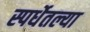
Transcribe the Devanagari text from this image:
स्पर्धेतल्या